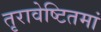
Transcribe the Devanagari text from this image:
तृरावेष्टितमां